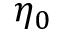
\eta _ { 0 }